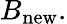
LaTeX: B_{\mathrm{new}}.